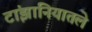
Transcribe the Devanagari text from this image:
टांझानियातले